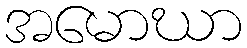
အမောဃာ